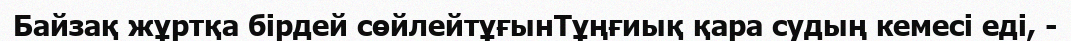
Байзақ жұртқа бірдей сөйлейтұғынТұңғиық қара судың кемесі еді, -